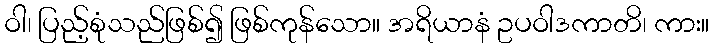
ဝါ၊ ပြည့်စုံသည်ဖြစ်၍ ဖြစ်ကုန်သော။ အရိယာနံ ဥပဝါဒကာတိ၊ ကား။